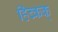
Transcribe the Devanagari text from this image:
हिच्कक्